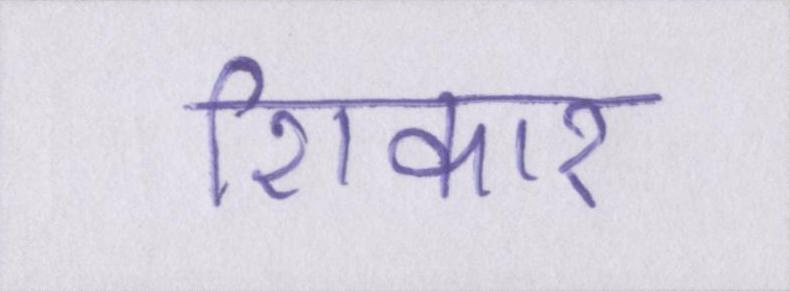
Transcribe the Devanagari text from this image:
शिकार